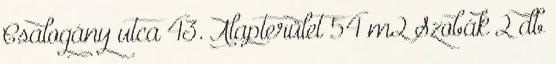
Csalogány utca 43. Alapterület 54 m2 Szobák 2 db